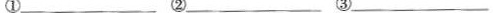
①___ ②___ ③___